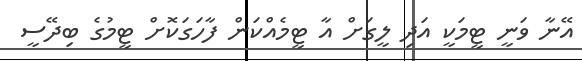
އޭނާ ވަނީ ޓީމަކީ އަދި ލީގަށް އާ ޓީމެއްކަން ފާހަގަކޮށް ޓީމުގެ ބިދޭސީ